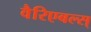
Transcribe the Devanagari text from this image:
वैरिएबल्स्